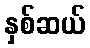
နှစ်ဆယ်